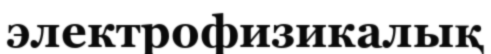
электрофизикалық